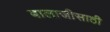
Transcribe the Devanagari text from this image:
बालाजीसाठी